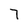
Character: 7